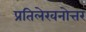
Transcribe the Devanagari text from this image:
प्रतिलेखनोत्तर